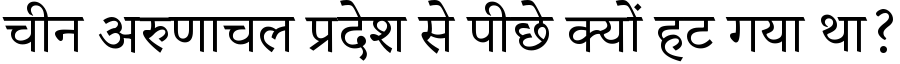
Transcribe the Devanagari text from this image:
चीन अरुणाचल प्रदेश से पीछे क्यों हट गया था?